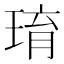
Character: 㻙